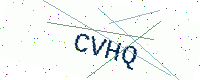
Text: CVHQ